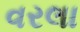
વરલા